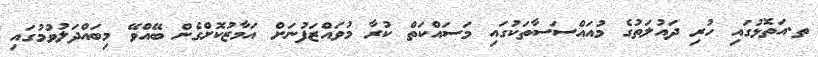
ތ.އަތޮޅުގައި ހުރި ދައުލަތުގެ މުއައްސަސާތަކުގައި މަސައްކަތް ކުރާ މުވައްޒަފުނަށް އަމާޒުކޮށްގެން ބޭއްވޭ މިބައްދަލުވުމުގައި